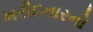
ખરીદનારનો